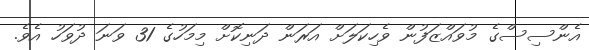
އެންސިސްގެ މުވައްޒަފުން ވެހިކަލަށް އަރަން ދަނިކޮށް މިމަހުގެ 31 ވަނަ ދުވަހު އެވެ.